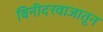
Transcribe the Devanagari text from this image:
बिनीदरवाजातून